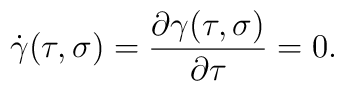
\dot{\gamma}(\tau,\sigma) = {\partial\gamma(\tau,\sigma)\over\partial\tau}=0.